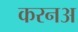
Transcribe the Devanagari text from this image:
करनअ